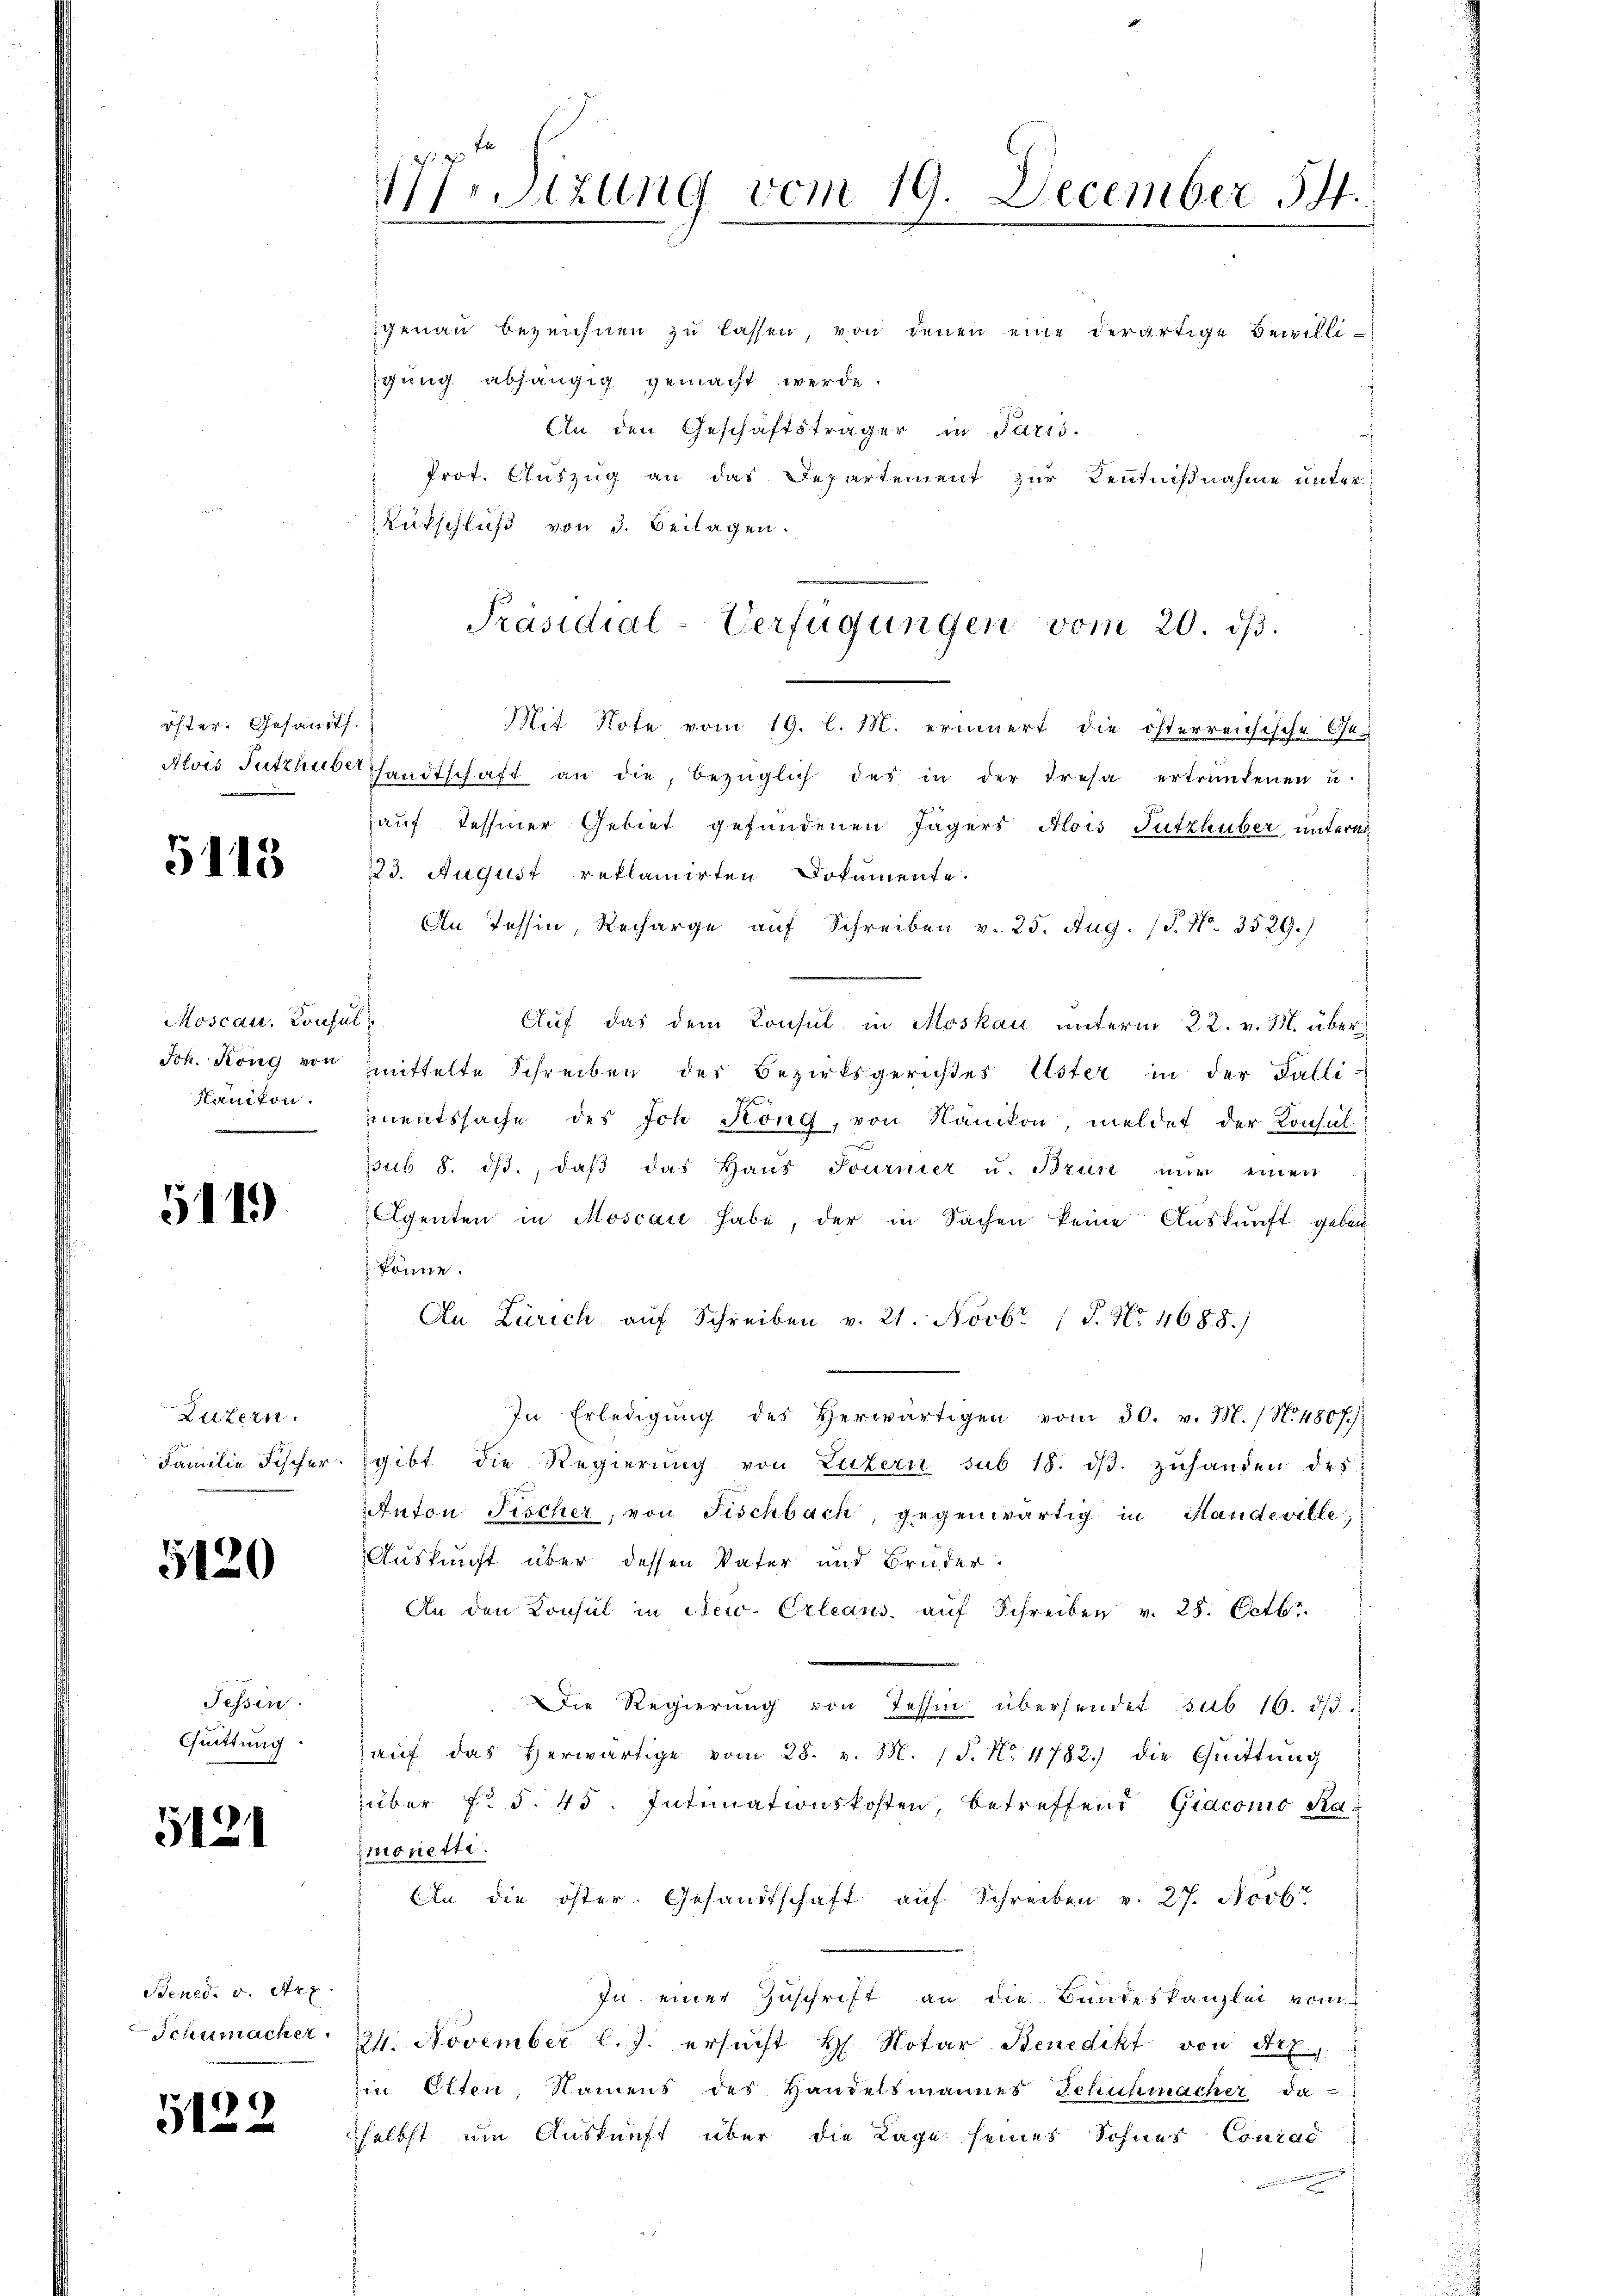
öfter. Gesandt.

5113

Moscau. Konfer
Joh. Köng von
Kanton.

5119

Luzern.
Familie Fischer.

5120

Tessin.
Quittung.

5121

Bened. v. Art.
Schumacher.

5122

etzung vom 19. December 541.

genau bezeichnen zu lassen, von denen eine derartige Bewilliigung abhängig gemacht werde.
An den Geschäftsträger in Paris.
Prot. Auszug an das Departement zur Kenntnißnahme unter
Rükschluß von 3. Beilagen.
Mit Note vom 19. l. M. erinnert die österreichische Ge-
Alois Sutzhüberhandtschaft an die, bezüglich der in der Tresa ertrankenen u.
auf Tessiner Gebiet gefundenen Jägers Alois Tutzhuber, unterm
223. August reklamirten Dokumente.
An Tessin, Recharge auf Schreiben v. 25. Aug. (S. Nr. 3529.)
.
Auf das dem Konsul in Moskau unterm 22. v. M. übermittelte Schreiben der Bezirksgerichtes Uster in der Falli-
mnentssache des Joh. Köng, von Nänikon, meldet der Konsul
pub 8. dβ., daβ das Haŭs Journier u. Brun nŭr einen
Agenten in Moscai habe, der in Sachen keine Aŭskŭnft geben
könne.
An Zürich aŭf Schreiben v. 21. Novbr. (S. Nr. 4688.)
In Erledigŭng des herwärtigen vom 30. v. M. / No. 480 f.):
gibt die Regierung von Luzern sub 18. dβ zuhanden des
Anton Fischer, von Fischbach, gegenwärtig in Handeville,
Auskunft über dessen Vater und Bruder.
An den Konsul in New. Orleans auf Schreiben v. 25. Octbr.
Die Regierung von Tessin übersendet sub 16. dβ.
aŭf das herwärtige vom 28. v. 3. 15. No. 4782.) die Quittung
über f. S. 45. Intimationskosten, betreffend Giacono Kamonetti.
An die öster. Gesandtschaft auf Schreiben v. 27. Novb.
In einer Zuschrift an die Bundeskanzlei vom
224. November l. J. ersucht H. Notar Benedikt von Art.
in Olten, Namens des Handelsmannes Schuhmacher da
sselbst um Auskunft über die Lage seines Sohnes Conrad
ennen einen eine

Präsidial-Verfügungen vom 20. ds.